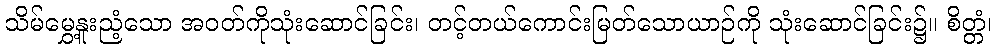
သိမ်မွှေ့နူးညံ့သော အဝတ်ကိုသုံးဆောင်ခြင်း၊ တင့်တယ်ကောင်းမြတ်သောယာဉ်ကို သုံးဆောင်ခြင်း၌။ စိတ္တံ၊